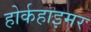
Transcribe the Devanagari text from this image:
होर्कहाइमर